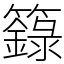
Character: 籙